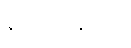
လေခသုတ္တံ